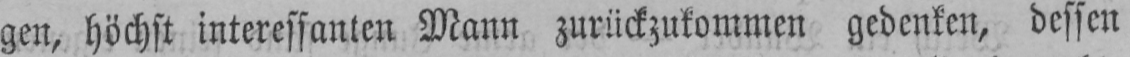
gen, höchst interessanten Mann zurückzukommen gedenken, dessen